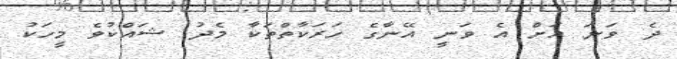
ދެ ވަނަ އަށް އެ ވަނީ އޭނާގެ ހަރަކާތްތަކާ މެދު ޝައްކުވެ މީހަކު